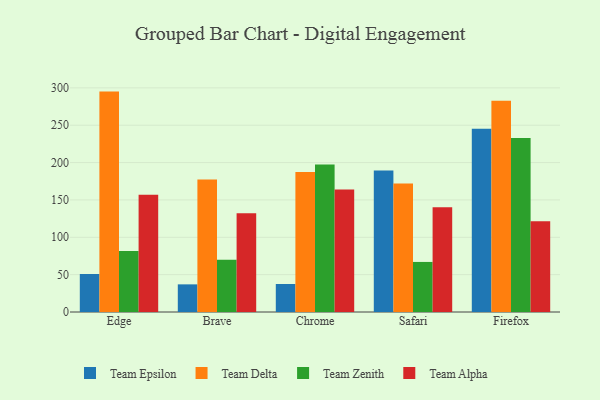
{"axis": {"x": "Browser", "y": "Satisfaction Score"}, "legend": ["Team Alpha", "Team Delta", "Team Epsilon", "Team Zenith"], "data": [{"x": "Edge", "y": 50.9, "type": "Team Epsilon"}, {"x": "Edge", "y": 295.0, "type": "Team Delta"}, {"x": "Edge", "y": 81.5, "type": "Team Zenith"}, {"x": "Edge", "y": 156.9, "type": "Team Alpha"}, {"x": "Brave", "y": 37.0, "type": "Team Epsilon"}, {"x": "Brave", "y": 177.2, "type": "Team Delta"}, {"x": "Brave", "y": 70.1, "type": "Team Zenith"}, {"x": "Brave", "y": 132.2, "type": "Team Alpha"}, {"x": "Chrome", "y": 37.5, "type": "Team Epsilon"}, {"x": "Chrome", "y": 187.5, "type": "Team Delta"}, {"x": "Chrome", "y": 197.3, "type": "Team Zenith"}, {"x": "Chrome", "y": 163.8, "type": "Team Alpha"}, {"x": "Safari", "y": 189.3, "type": "Team Epsilon"}, {"x": "Safari", "y": 172.0, "type": "Team Delta"}, {"x": "Safari", "y": 67.0, "type": "Team Zenith"}, {"x": "Safari", "y": 140.3, "type": "Team Alpha"}, {"x": "Firefox", "y": 245.4, "type": "Team Epsilon"}, {"x": "Firefox", "y": 282.8, "type": "Team Delta"}, {"x": "Firefox", "y": 232.9, "type": "Team Zenith"}, {"x": "Firefox", "y": 121.4, "type": "Team Alpha"}]}